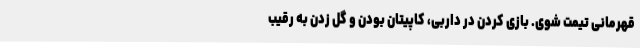
قهرمانی تیمت شوی. بازی کردن در داربی، کاپیتان بودن و گل زدن به رقیب